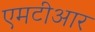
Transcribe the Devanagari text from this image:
एमटीआर